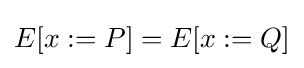
{\textstyle E[x:=P]=E[x:=Q]}